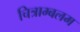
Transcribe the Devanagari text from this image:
चित्राम्बलम